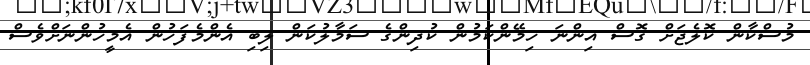
މުސްކާން ކޮލެޖަށް ގޮސް އިންނަ ހިމޭންކަމުން ކުދިންގެ ސަމާލުކަން ލިބި އެންމެފަހުން އެމީހުންނަށްވެސް